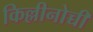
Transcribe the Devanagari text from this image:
किल्लीनोच्ची